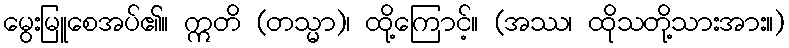
မွေးမြူစေအပ်၏။ ဣတိ (တသ္မာ)၊ ထို့ကြောင့်။ (အဿ၊ ထိုသတို့သားအား။)